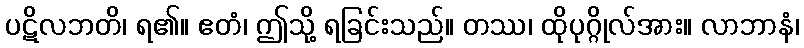
ပဋိလဘတိ၊ ရ၏။ ဧတံ၊ ဤသို့ ရခြင်းသည်။ တဿ၊ ထိုပုဂ္ဂိုလ်အား။ လာဘာနံ၊